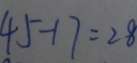
4 5 - 1 7 = 2 8